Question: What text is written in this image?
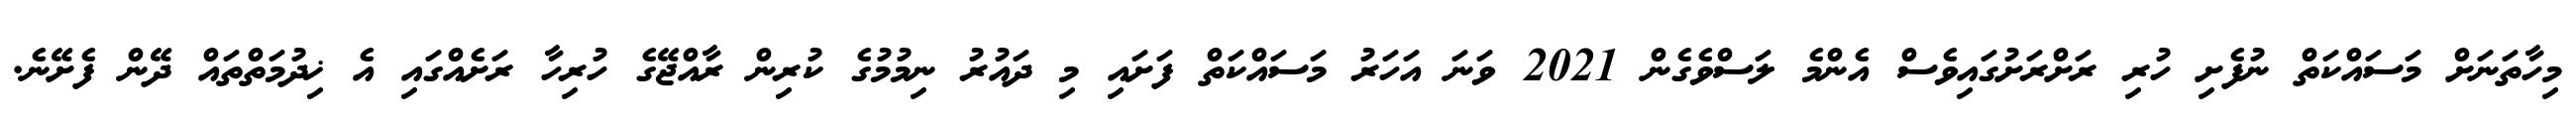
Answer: މިހާތަނަށް މަސައްކަތް ނުފެށި ހުރި ރަށްރަށުގައިވެސް އެންމެ ލަސްވެގެން 2021 ވަނަ އަހަރު މަސައްކަތް ފަށައި މި ދައުރު ނިމުމުގެ ކުރިން ރާއްޖޭގެ ހުރިހާ ރަށެއްގައި އެ ޚިދުމަތްތައް ދޭން ފެށޭނެ.